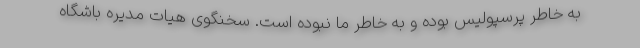
به خاطر پرسپولیس بوده و به خاطر ما نبوده است. سخنگوی هیات مدیره باشگاه